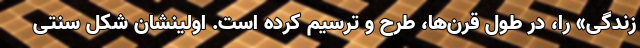
زندگی» را، در طول قرن‌ها، طرح و ترسیم کرده است. اولینشان شکل سنتی